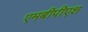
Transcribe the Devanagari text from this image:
एमबीपीएश